Bréfritari: Lárus Bjarnason
Dagsetning: A-1879-03-17
Skrifað á: Vesturheimi

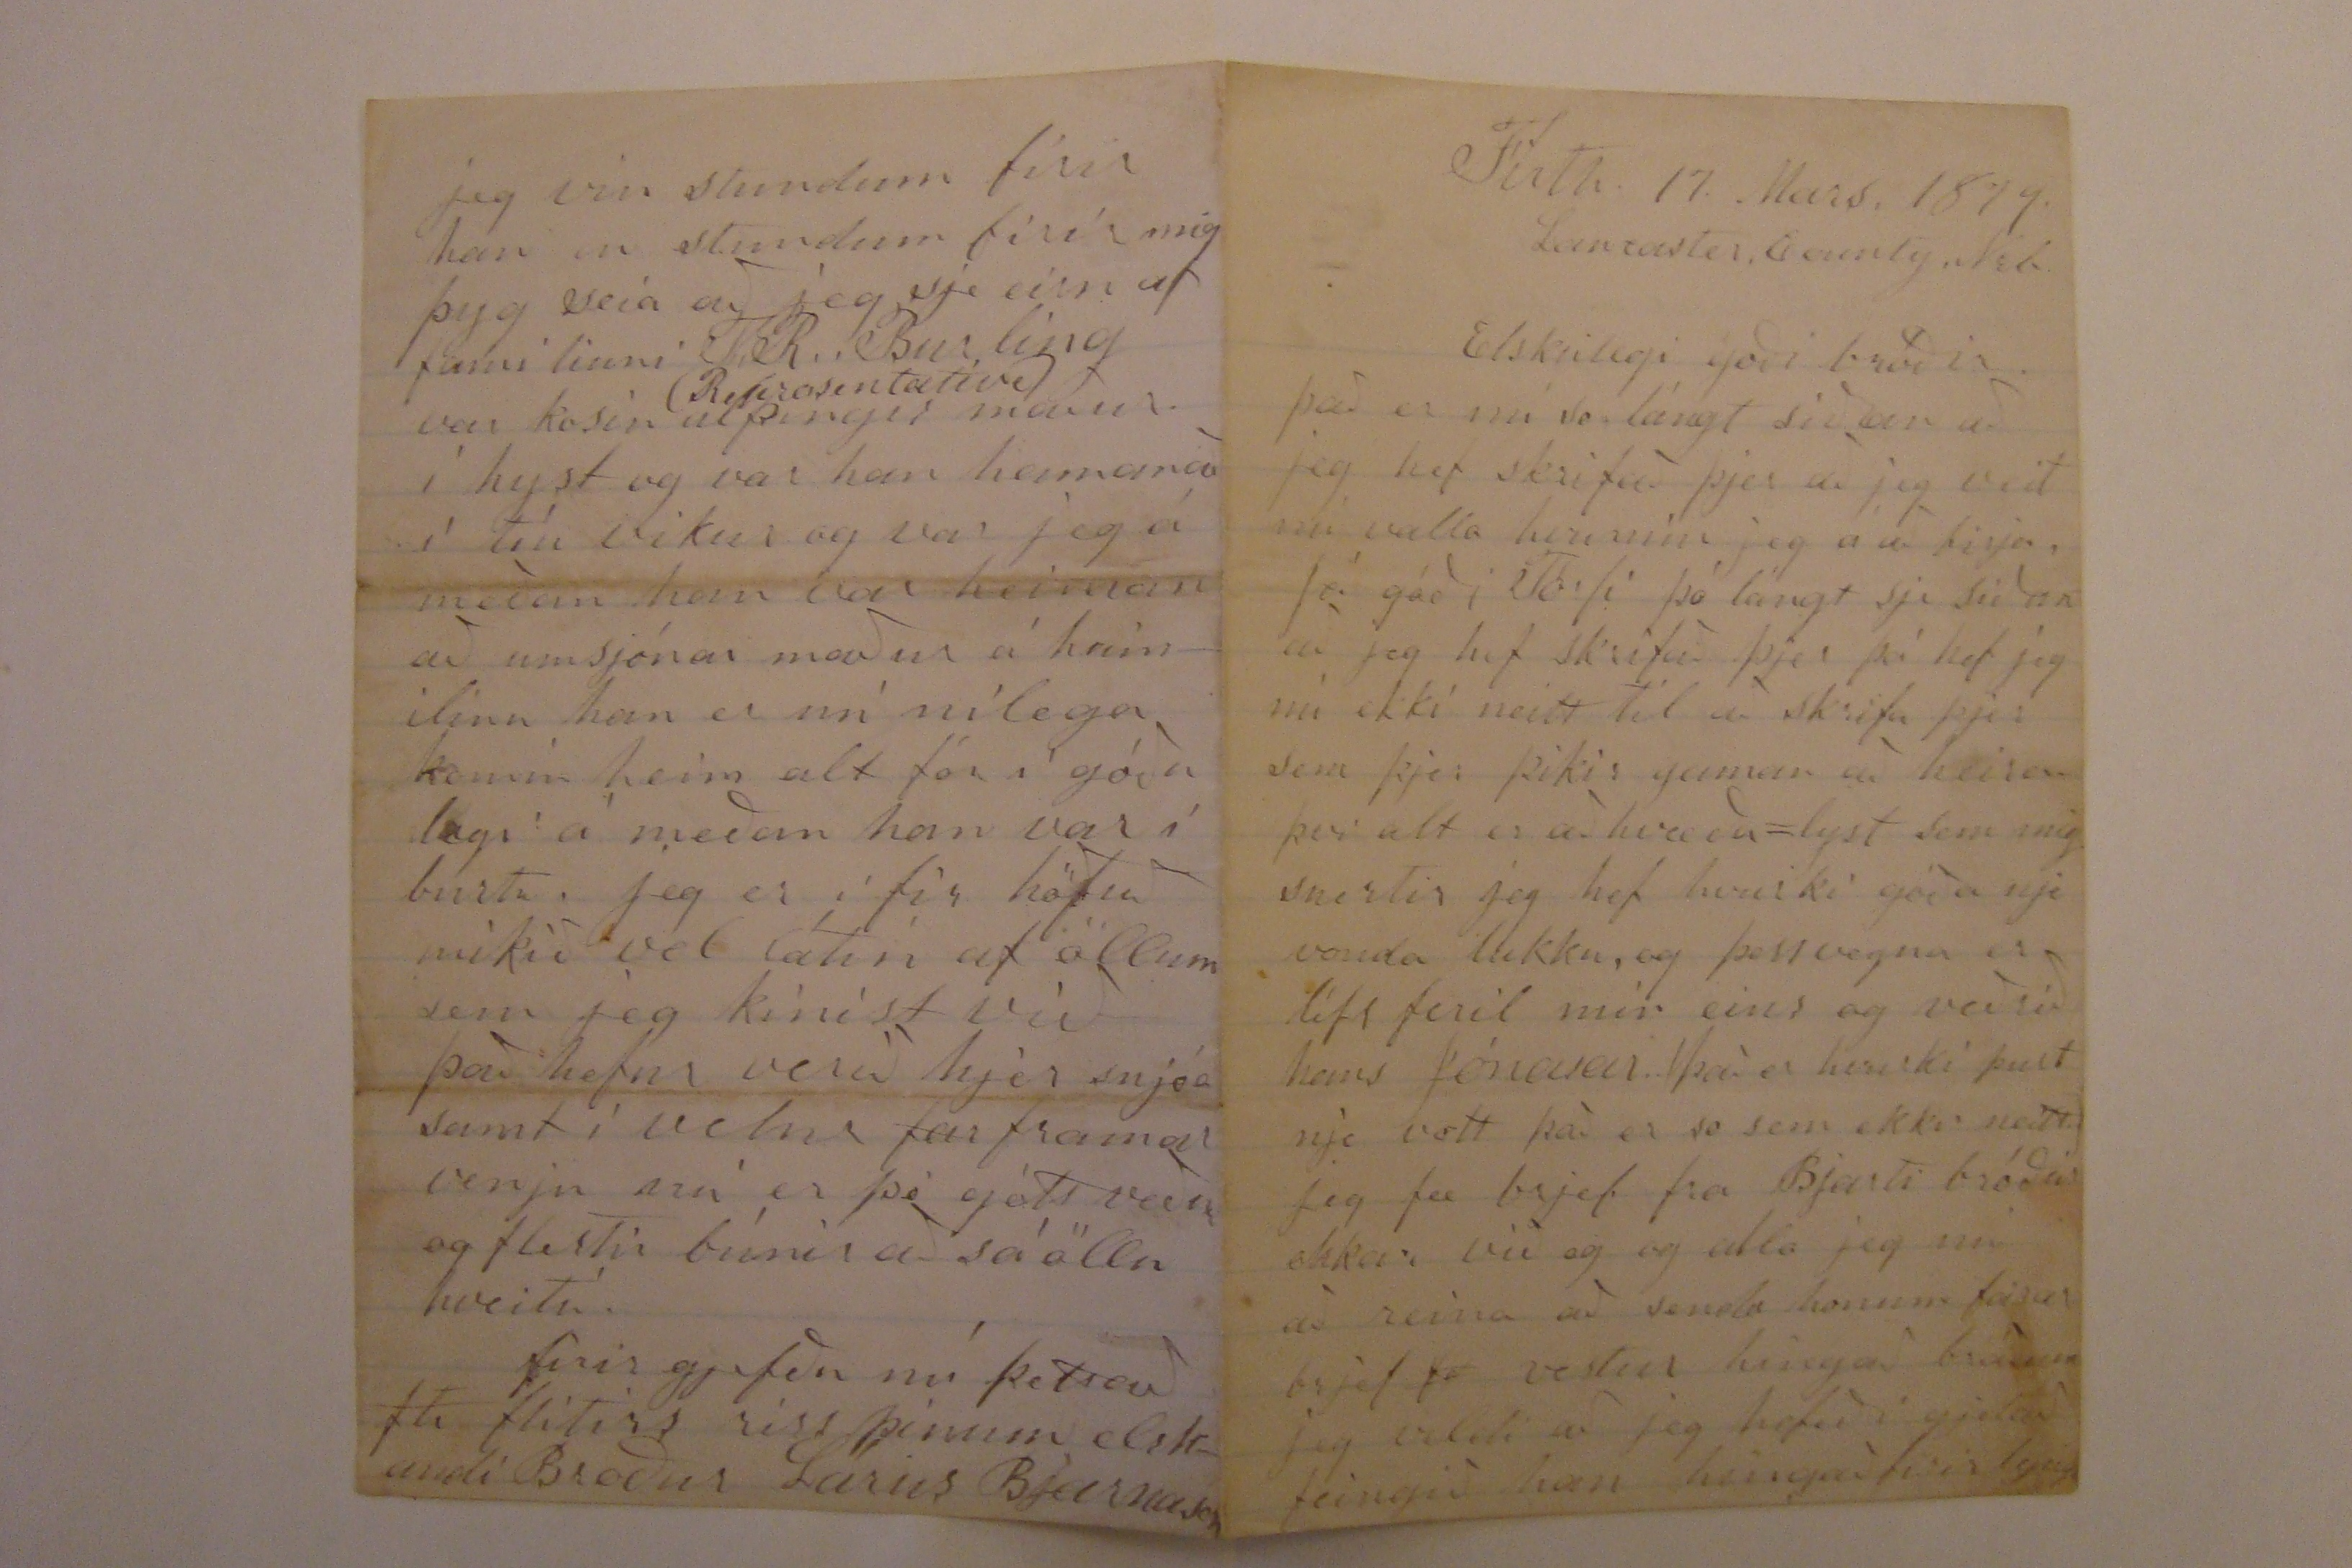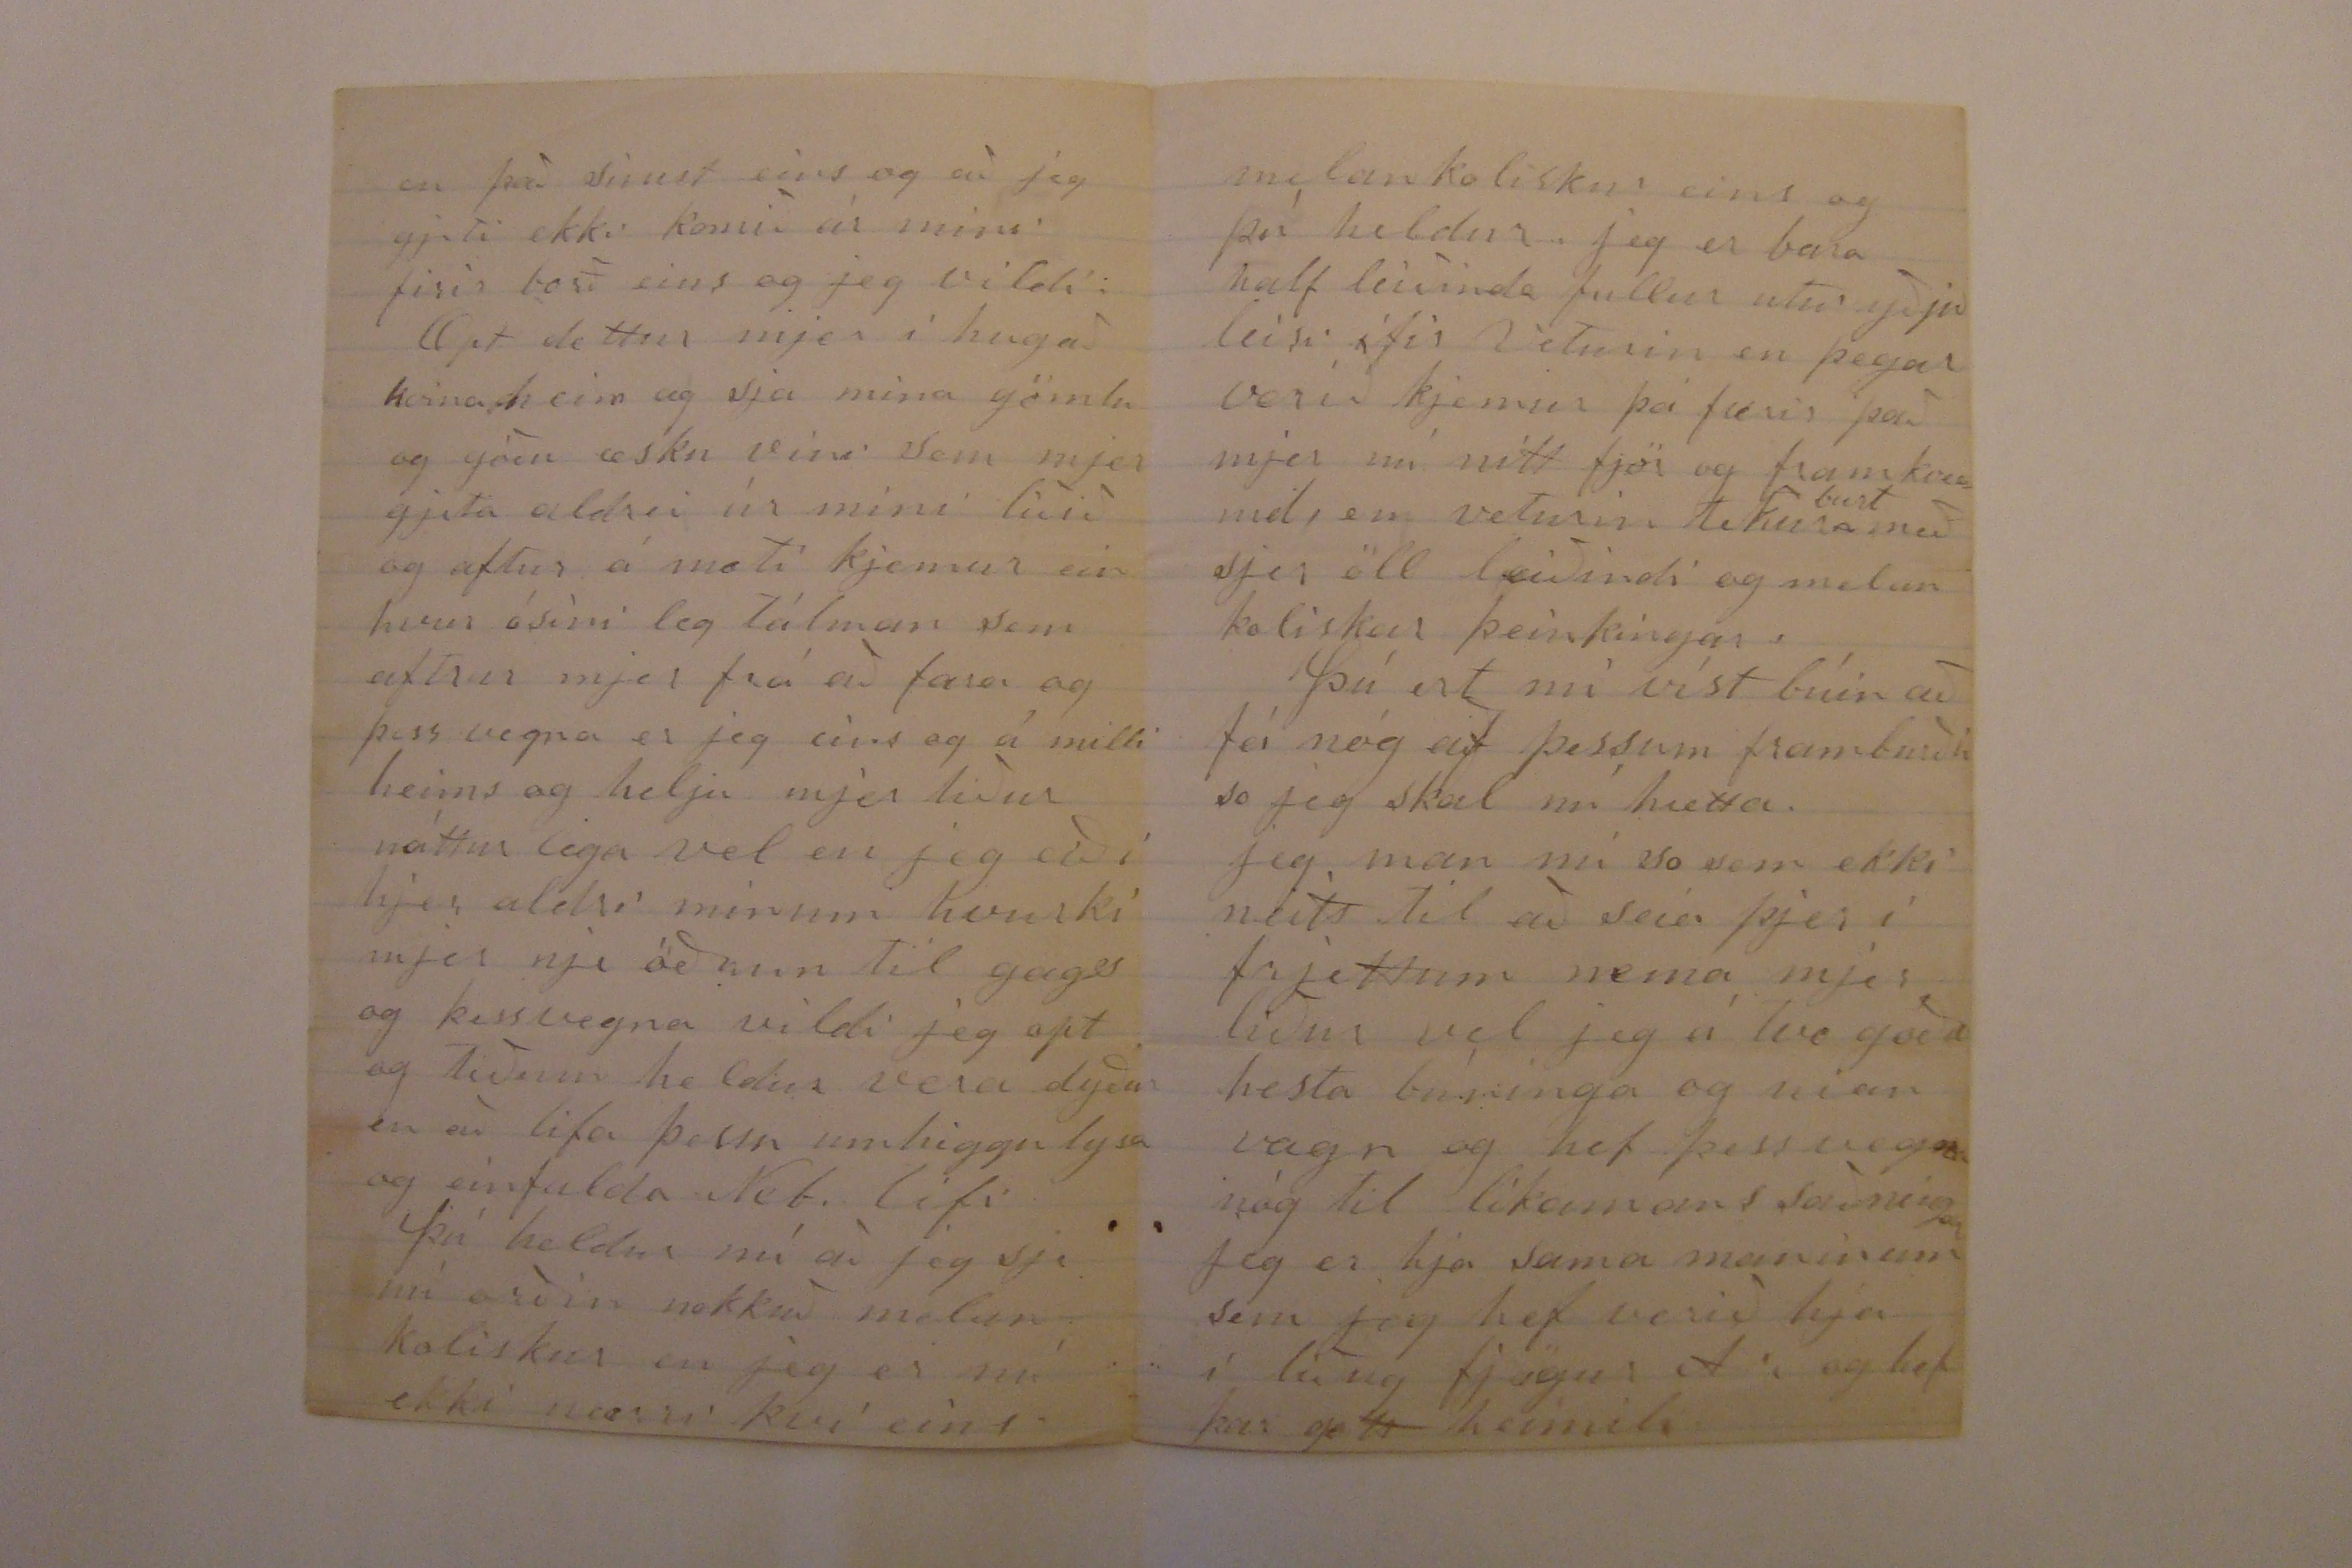

Firth. 17. Mars. 1879.
Lancaster. County. Neb.
Elskulegi goði bróðir.
það er nú so lángt síðan að jeg hef skrifað þjer að jeg veit nú valla hvurnin jeg á að birja. Já góði Torfi þó lángt sje síðan að jeg hef skrifað þjer þá hef jeg nú ekki neitt til að skrifa þjer sem þjer þikir gaman að heira því alt er aðhvæða=lyst sem mig snertir jeg hef hvurki nje vonda lukku, og þessvegna er lífsferil min eins og veðrið hans
Jónasar
(það er hvurki þurt nje vott það er so sem ekki neitt) jeg fæ brjef fra Bjarti bróðir okkar við og og atla jeg nú að reina að senda honum farar brjef
0
vestur hingað bráðum jeg vildi að jeg hefði gjetað feingið han hingað firir lyngu
en það sinist eins og að jeg gjeti ekki komið ár mini firir borð eins og jeg vildi:
Opt dettur mjer í hug að koma heim og sja mína gömlu og góðu æsku vini sem mjer gjeta aldrei úr mini liðið og aftur á moti kjemur einhvur ósíni leg tálman sem aftrar mjer frá að fara og þess vegna er jeg eins og á milli heims og helju mjer líður náttur lega vel en jeg eiði hjer aldri mínum hvurki mjer nje öðrum til gags og þessvegna vildi jeg opt og tíðum heldur vera dyður en að lifa þessu umhiggulysa og einfalda Neb. lífi þú heldur nú að jeg sje nú orðin nokkuð melankolískur en jeg er nú ekki nærri því eins
melankolískur eins og þú heldur. jeg er bara half leiðinda fullur
ut00
iðjuleisi ifir Veturin en þegar vorið kjemur þá færir það mjer nú nítt fjör og framkvæmd, en veturin tekur
burt
með sjer öll leiðindi og melankoliskar þeinkingar.
Þú ert nú víst búin að fá nóg af þessum framburði so jeg skal nú hætta. jeg man nú so sem ekki neitt til að seia þjer í frjettum nema mjer líður vel jeg á tvo góða hesta
búninga
og nían vagn og hef þess vegna nóg til líkamans saðningar jeg er hjá sama maninum sem jeg hef verið hja í liðug fjögur Ar og hef þar gott heimili
jeg vin stundum firir han en stundum firir mig þyg seia að jeg sje eirn af familiuni T. R. Burling var kosin
(Representative)
alþingis maður í hyst og var han heimanað í tíu vikur og var jeg á meðan han var heiman að umsjónar maður á heimilinu han er nú nílega komin heim alt fór í góðu lagi á meðan han var í burtu. jeg er ifir höfuð mikið vel látin af öllum sem jeg kinist við það hefur verið hjer snjóa samt í vetur
far
framar venju nú er þó gótt veður og flestir búnir að sá öllu hveiti.
firirgjefðu nú þettað
fti
flítirs riss þínum elskandi Broður Lárus Bjarnason